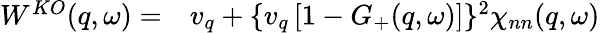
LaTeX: \begin{array}{rl}{W^{KO}(q,\omega)=}&{{}v_{q}+\{ v_{q}\left[1-G_{+}(q,\omega)\right]\} ^{2}\chi_{nn}(q,\omega)}\end{array}